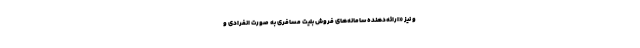
و نیز «ارائه‌دهنده سامانه‌های فروش بلیت مسافری به صورت انفرادی و